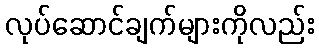
လုပ်ဆောင်ချက်များကိုလည်း